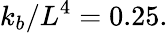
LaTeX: k_{b}/L^{4}=0.25.